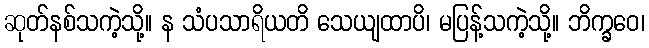
ဆုတ်နစ်သကဲ့သို့။ န သံပသာရိယတိ သေယျထာပိ၊ မပြန့်သကဲ့သို့။ ဘိက္ခဝေ၊